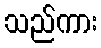
သည်ကား